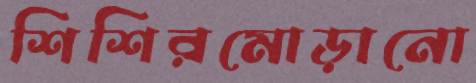
শিশিরমোড়ানো